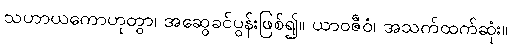
သဟာယကောဟုတွာ၊ အဆွေခင်ပွန်းဖြစ်၍။ ယာဝဇီဝံ၊ အသက်ထက်ဆုံး။